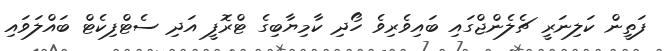
ފަތީން ކަލިނަރީ ޗެލެންޖްގައި ބައިވެރިވެ ހޯދި ކާމިޔާބިގެ ޓްރޮފީ އަދި ސެޓްފިކެޓް ބައްލަވައި